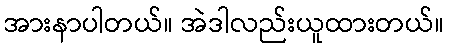
အားနာပါတယ်။ အဲဒါလည်းယူထားတယ်။